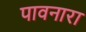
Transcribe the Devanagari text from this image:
पावनारा